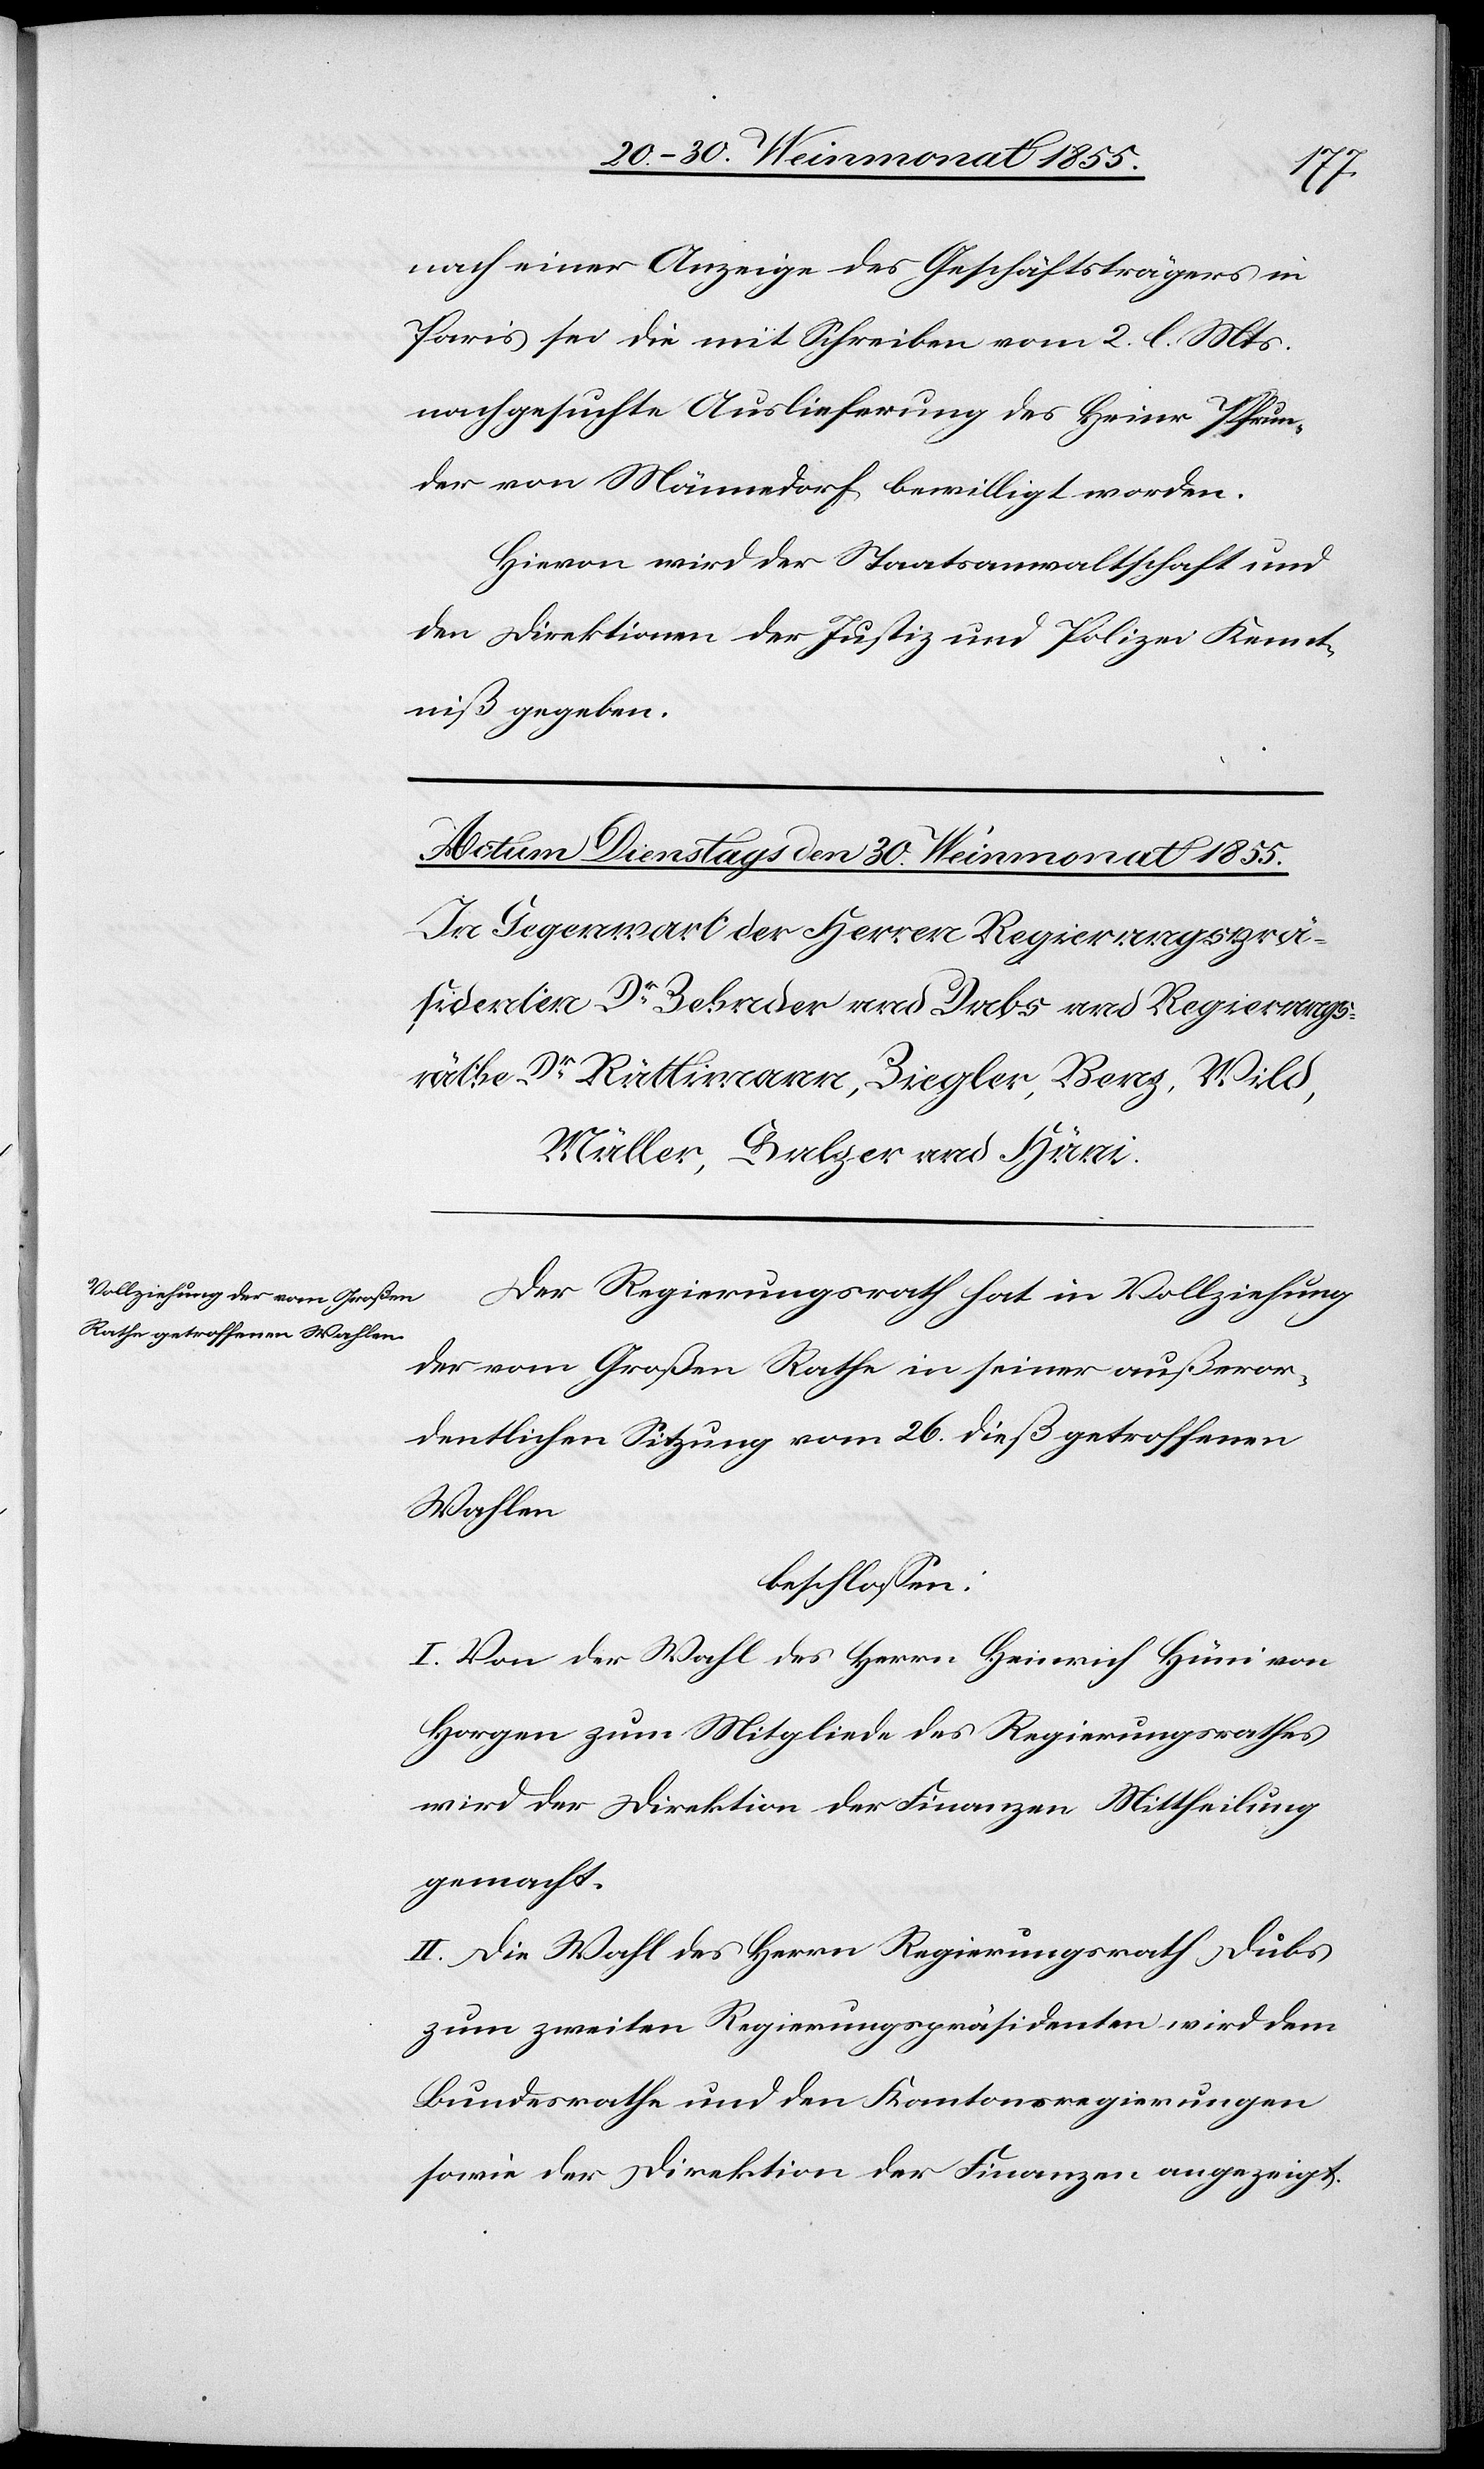
nach einer Anzeige des Geschäftsträgers in
Paris sei die mit Schreiben vom 2. l. Mts.
nachgesuchte Auslieferung des Heinr. Pfrun¬
der von Männedorf bewilligt worden.
Hievon wird der Staatsanwaltschaft und
den Direktionen der Justiz und Polizei Kennt¬
niß gegeben.
Der Regierungsrath hat in Vollziehung
der vom Großen Rathe in seiner außeror¬
dentlichen Sitzung vom 26. dieß getroffenen
Wahlen
beschlossen:
I. Von der Wahl des Herrn Heinrich Hüni von
Horgen zum Mitgliede des Regierungsrathes
wird der Direktion der Finanzen Mittheilung
gemacht.
II. Die Wahl des Herrn Regierungsrath Dubs
zum zweiten Regierungspräsidenten wird dem
Bundesrathe und den Kantonsregierungen
sowie der Direktion der Finanzen angezeigt.